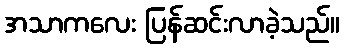
အသာကလေး ပြန်ဆင်းလာခဲ့သည်။